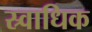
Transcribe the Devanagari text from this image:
स्र्वाधिक